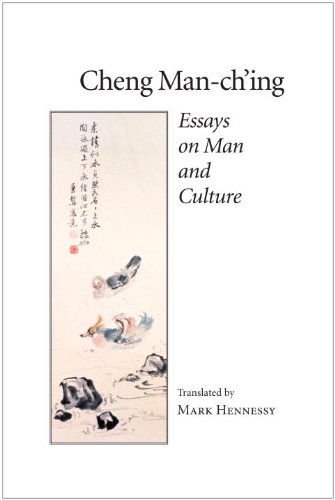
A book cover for Essays on Man and Culture; Cheng Man-ch'ing Â ; Religion & Spirituality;